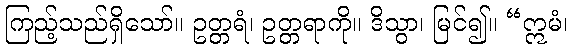
ကြည့်သည်ရှိသော်။ ဥတ္တရံ၊ ဥတ္တရာကို။ ဒိသွာ၊ မြင်၍။ “ဣမံ၊